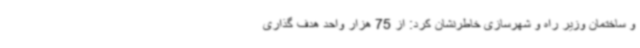
و ساختمان وزیر راه و شهرسازی خاطرنشان کرد: از 75 هزار واحد هدف گذاری